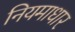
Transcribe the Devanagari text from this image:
नियमाधार